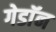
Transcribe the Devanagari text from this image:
गेडाॅन